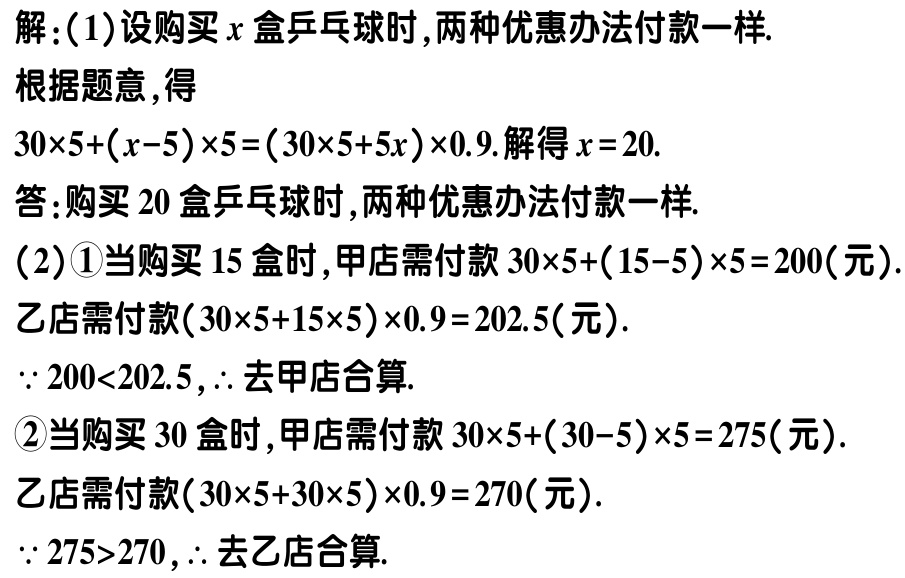
解：(1)设购买\(x\)盒乒乓球时,两种优惠办法付款一样.

根据题意,得

\(30\times5+(x - 5)\times5=(30\times5 + 5x)\times0.9\).解得\(x = 20\).

答:购买\(20\)盒乒乓球时,两种优惠办法付款一样.

(2)\textcircled{1}当购买\(15\)盒时,甲店需付款\(30\times5+(15 - 5)\times5 = 200\)(元).

乙店需付款\((30\times5 + 15\times5)\times0.9 = 202.5\)(元).

\(\because 200<202.5\),\(\therefore\)去甲店合算.

\textcircled{2}当购买\(30\)盒时,甲店需付款\(30\times5+(30 - 5)\times5 = 275\)(元).

乙店需付款\((30\times5 + 30\times5)\times0.9 = 270\)(元).

\(\because 275>270\),\(\therefore\)去乙店合算.